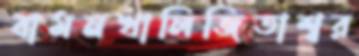
বামনখালিজিতাশ্বর